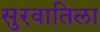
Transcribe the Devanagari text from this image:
सुरवातिला